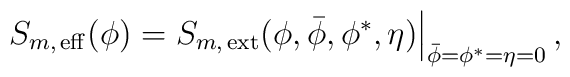
\left.S_{m,\,{\rm eff}}(\phi)=S_{m,\,{\rm ext}}(\phi,\bar{\phi},\phi^*,\eta) \right|_{\bar{\phi}=\phi^*=\eta=0},